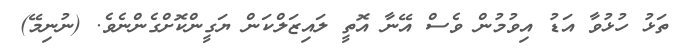
ތަޅު ހުޅުވާ އަޑު އިވުމުން ވެސް އޭނާ އޮތީ ލައިޒަލްކަން ޔަގީންކޮށްގެންނެވެ. (ނުނިމޭ)